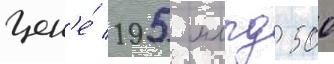
цен'е́ 195 млрд 500